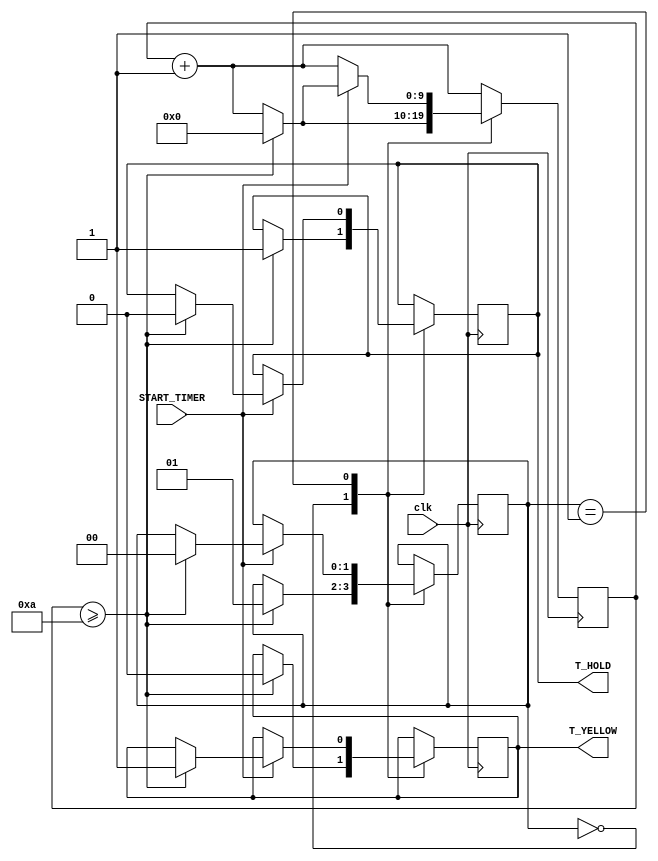
`timescale 1ns / 1ps
//////////////////////////////////////////////////////////////////////////////////
// Company: 
// Engineer: 
// 
// Design Name: 
// Module Name: Timer
// Project Name: 
// Target Devices: 
// Tool Versions: 
// Description: 
// 
// Dependencies: 
// 
// Revision:
// Revision 0.01 - File Created
// Additional Comments:
// 
//////////////////////////////////////////////////////////////////////////////////

module Timer(
    input START_TIMER,    // Input to start the timer
    input clk,            // Clock input
    output reg T_HOLD,    // Output to indicate when the timer is in the hold state
    output reg T_YELLOW   // Output to indicate when the timer is in the yellow state
);

// Internal state variables
reg [1:0] state;   // 2-bit state variable to represent different states of the timer
reg [9:0] counter; // 10-bit counter to track time intervals (10 clk cycles = 200ns)

// Constants to define the states
parameter HOLD_STATE = 2'b00;   // Hold state
parameter YELLOW_STATE = 2'b01; // Yellow state

// Time intervals in clock cycles
parameter T_HOLD_INTERVAL = 10;   // Time to hold (200ns)
parameter T_YELLOW_INTERVAL = 10; // Time for yellow (10 clock cycles)

// Initial state
initial begin
    state = HOLD_STATE;
    counter = 0;
    T_HOLD = 0;
    T_YELLOW = 0;
end

// State machine logic
always @(posedge clk) begin
    // Increment the counter on every clock cycle
    counter <= counter + 1;

    case (state)
        HOLD_STATE: begin
            if (counter >= T_HOLD_INTERVAL) begin
                state = YELLOW_STATE;
                counter <= 0;
                T_HOLD = 1;
                T_YELLOW = 0;
            end
        end

        YELLOW_STATE: begin
            if (START_TIMER) begin
                if (counter >= T_YELLOW_INTERVAL) begin
                    state = HOLD_STATE;
                    counter <= 0;
                    T_HOLD = 0;
                    T_YELLOW = 1;
                end
            end
        end
    endcase
end

endmodule